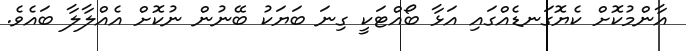
އާންމުކޮށް ކެޔޮގަނޑެއްގައި އަޅާ ބޯއްޓަކީ ގިނަ ބަޔަކު ބޭނުން ނުކޮށް އެއްލާލާ ބައެވެ.